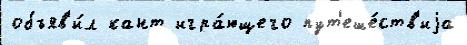
объяв'и́л кант игра́ющего пут'еше́ств'иjа